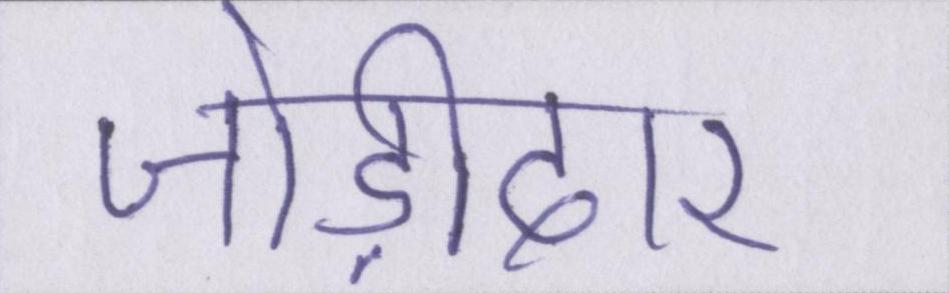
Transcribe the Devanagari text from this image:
जोड़ीदार